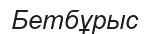
Бетбұрыс